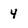
Character: 4